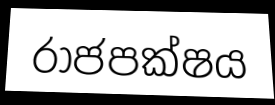
රාජපක්ෂය